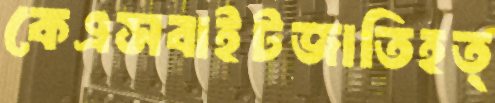
কেএসবাইটজাতিহত্